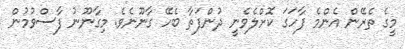
މީގެ ތެރޭން އެންމެ ފާހަގަ ކޮށްލެވެނީ ދުންފަތާ ބެހޭ ގާނޫނެވެ. މިގާނޫނު ފާސްވުމުން